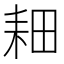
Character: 𫅹